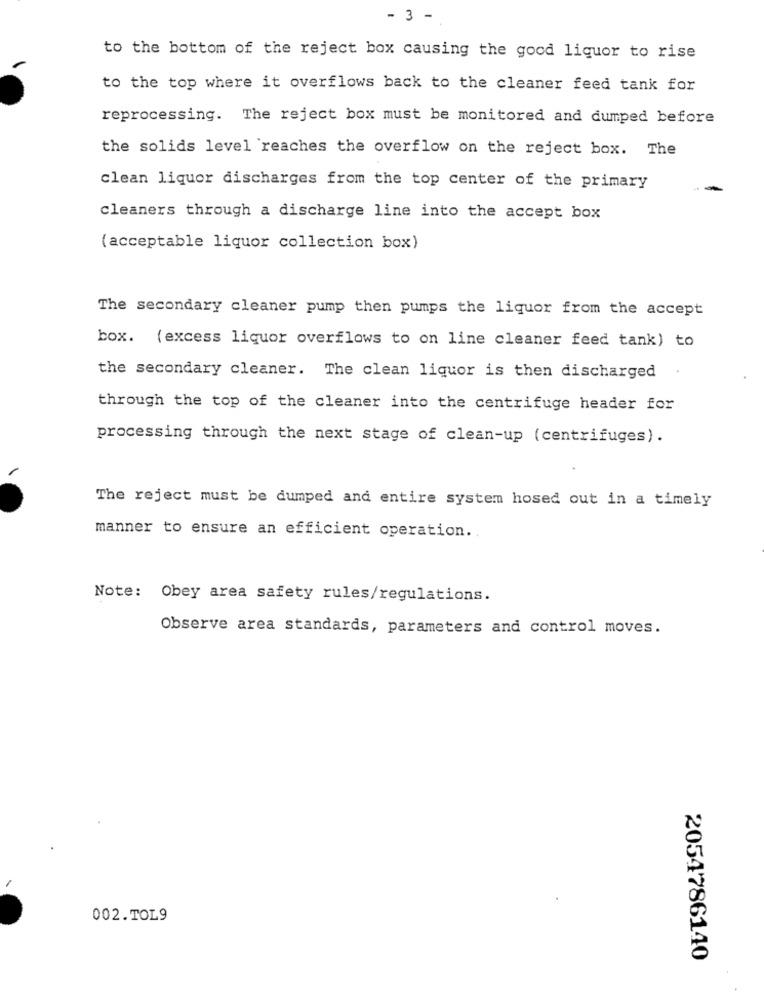
- 3 -
to the bottom of the reject box causing the good liquor to rise
to the top where it overflows back to the cleaner feed tank for
reprocessing. The reject box must be monitored and dumped before
the solids level reaches the overflow on the reject box. The
clean liquor discharges from the top center of the primary
cleaners through a discharge line into the accept box
( acceptable liquor collection box)
The secondary cleaner pump then pumps the liquor from the accept
box. (excess liquor overflows to on line cleaner feed tank) to
the secondary cleaner. The clean liquor is then discharged
through the top of the cleaner into the centrifuge header for
processing through the next stage of clean-up (centrifuges).
The reject must be dumped and entire system hosed out in a timely
manner to ensure an efficient operation.
Note: Obey area safety rules/regulations.
Observe area standards, parameters and control moves.
002.TOL9
2054786140